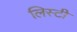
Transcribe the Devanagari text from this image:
लिस्टी